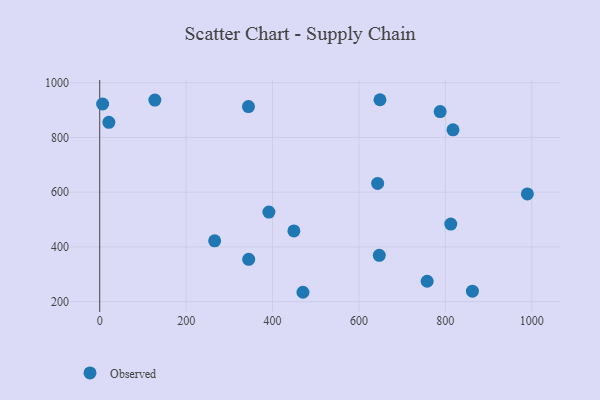
{"axis": {"x": "Price", "y": "Rating"}, "legend": ["Observed"], "data": [{"x": "647.1", "y": 369.3, "type": "Observed"}, {"x": "266.0", "y": 422.5, "type": "Observed"}, {"x": "862.7", "y": 238.4, "type": "Observed"}, {"x": "470.4", "y": 234.4, "type": "Observed"}, {"x": "788.0", "y": 894.4, "type": "Observed"}, {"x": "449.4", "y": 458.5, "type": "Observed"}, {"x": "812.6", "y": 483.7, "type": "Observed"}, {"x": "127.6", "y": 936.4, "type": "Observed"}, {"x": "817.7", "y": 827.8, "type": "Observed"}, {"x": "643.3", "y": 632.0, "type": "Observed"}, {"x": "757.9", "y": 274.7, "type": "Observed"}, {"x": "989.9", "y": 593.6, "type": "Observed"}, {"x": "21.1", "y": 855.1, "type": "Observed"}, {"x": "6.7", "y": 922.1, "type": "Observed"}, {"x": "344.8", "y": 354.7, "type": "Observed"}, {"x": "344.3", "y": 912.9, "type": "Observed"}, {"x": "391.6", "y": 527.5, "type": "Observed"}, {"x": "648.7", "y": 937.8, "type": "Observed"}]}